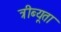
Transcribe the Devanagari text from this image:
त्रीब्यूता